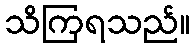
သိကြရသည်။